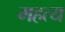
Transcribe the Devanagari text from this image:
महत्य